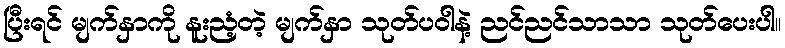
ပြီးရင် မျက်နှာကို နူးညံ့တဲ့ မျက်နှာ သုတ်ပဝါနဲ့ ညင်ညင်သာသာ သုတ်ပေးပါ။